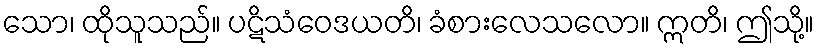
သော၊ ထိုသူသည်။ ပဋိသံဝေဒယတိ၊ ခံစားလေသလော။ ဣတိ၊ ဤသို့။